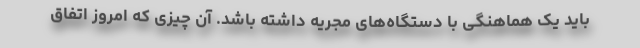
باید یک هماهنگی با دستگاه‌های مجریه داشته باشد. آن چیزی که امروز اتفاق